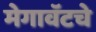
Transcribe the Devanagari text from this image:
मेगावॅटचे